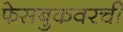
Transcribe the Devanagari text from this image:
फेसबुकवरची